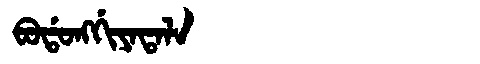
Manchu: ᠪᠣᡩᠣᠩᡤᡳᠶᠠᡨᠠᠯᠠ
Romanization: BODONGGIYATALA